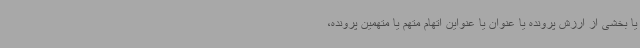
یا بخشی از ارزش پرونده یا عنوان یا عنواین اتهام متهم یا متهمین پرونده،